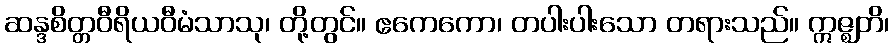
ဆန္ဒစိတ္တဝီရိယဝီမံသာသု၊ တို့တွင်။ ဧကေကော၊ တပါးပါးသော တရားသည်။ ဣဇ္ဈတိ၊